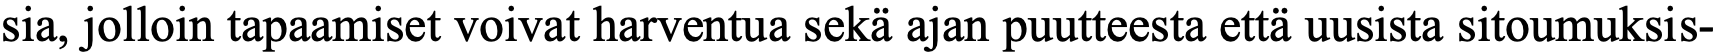
sia, jolloin tapaamiset voivat harventua sekä ajan puutteesta että uusista sitoumuksis-